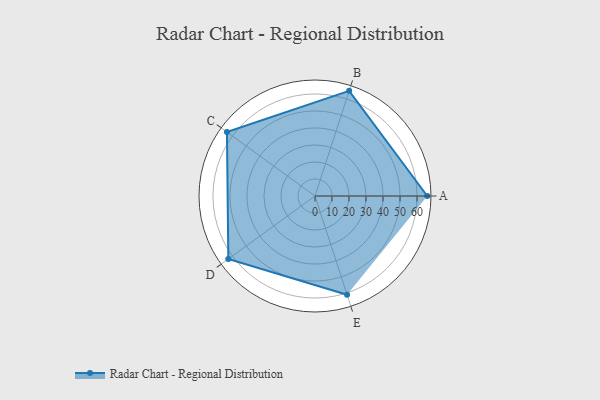
{"axis": {"x": "Skill", "y": "Score"}, "legend": ["Profile"], "data": [{"x": "A", "y": 66.0, "type": "Profile"}, {"x": "B", "y": 65.0, "type": "Profile"}, {"x": "C", "y": 64.0, "type": "Profile"}, {"x": "D", "y": 63.0, "type": "Profile"}, {"x": "E", "y": 61.0, "type": "Profile"}]}